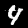
Label: 4